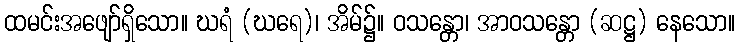
ထမင်းအဖျော်ရှိသော။ ဃရံ (ဃရေ)၊ အိမ်၌။ ဝသန္တော၊ အာဝသန္တော (ဆဋ္ဌ) နေသော။